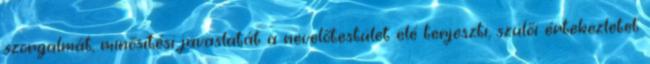
szorgalmát, minősítési javaslatát a nevelőtestület elé terjeszti, szülői értekezletet